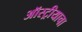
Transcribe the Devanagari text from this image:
ऑस्ट्रीयाचा